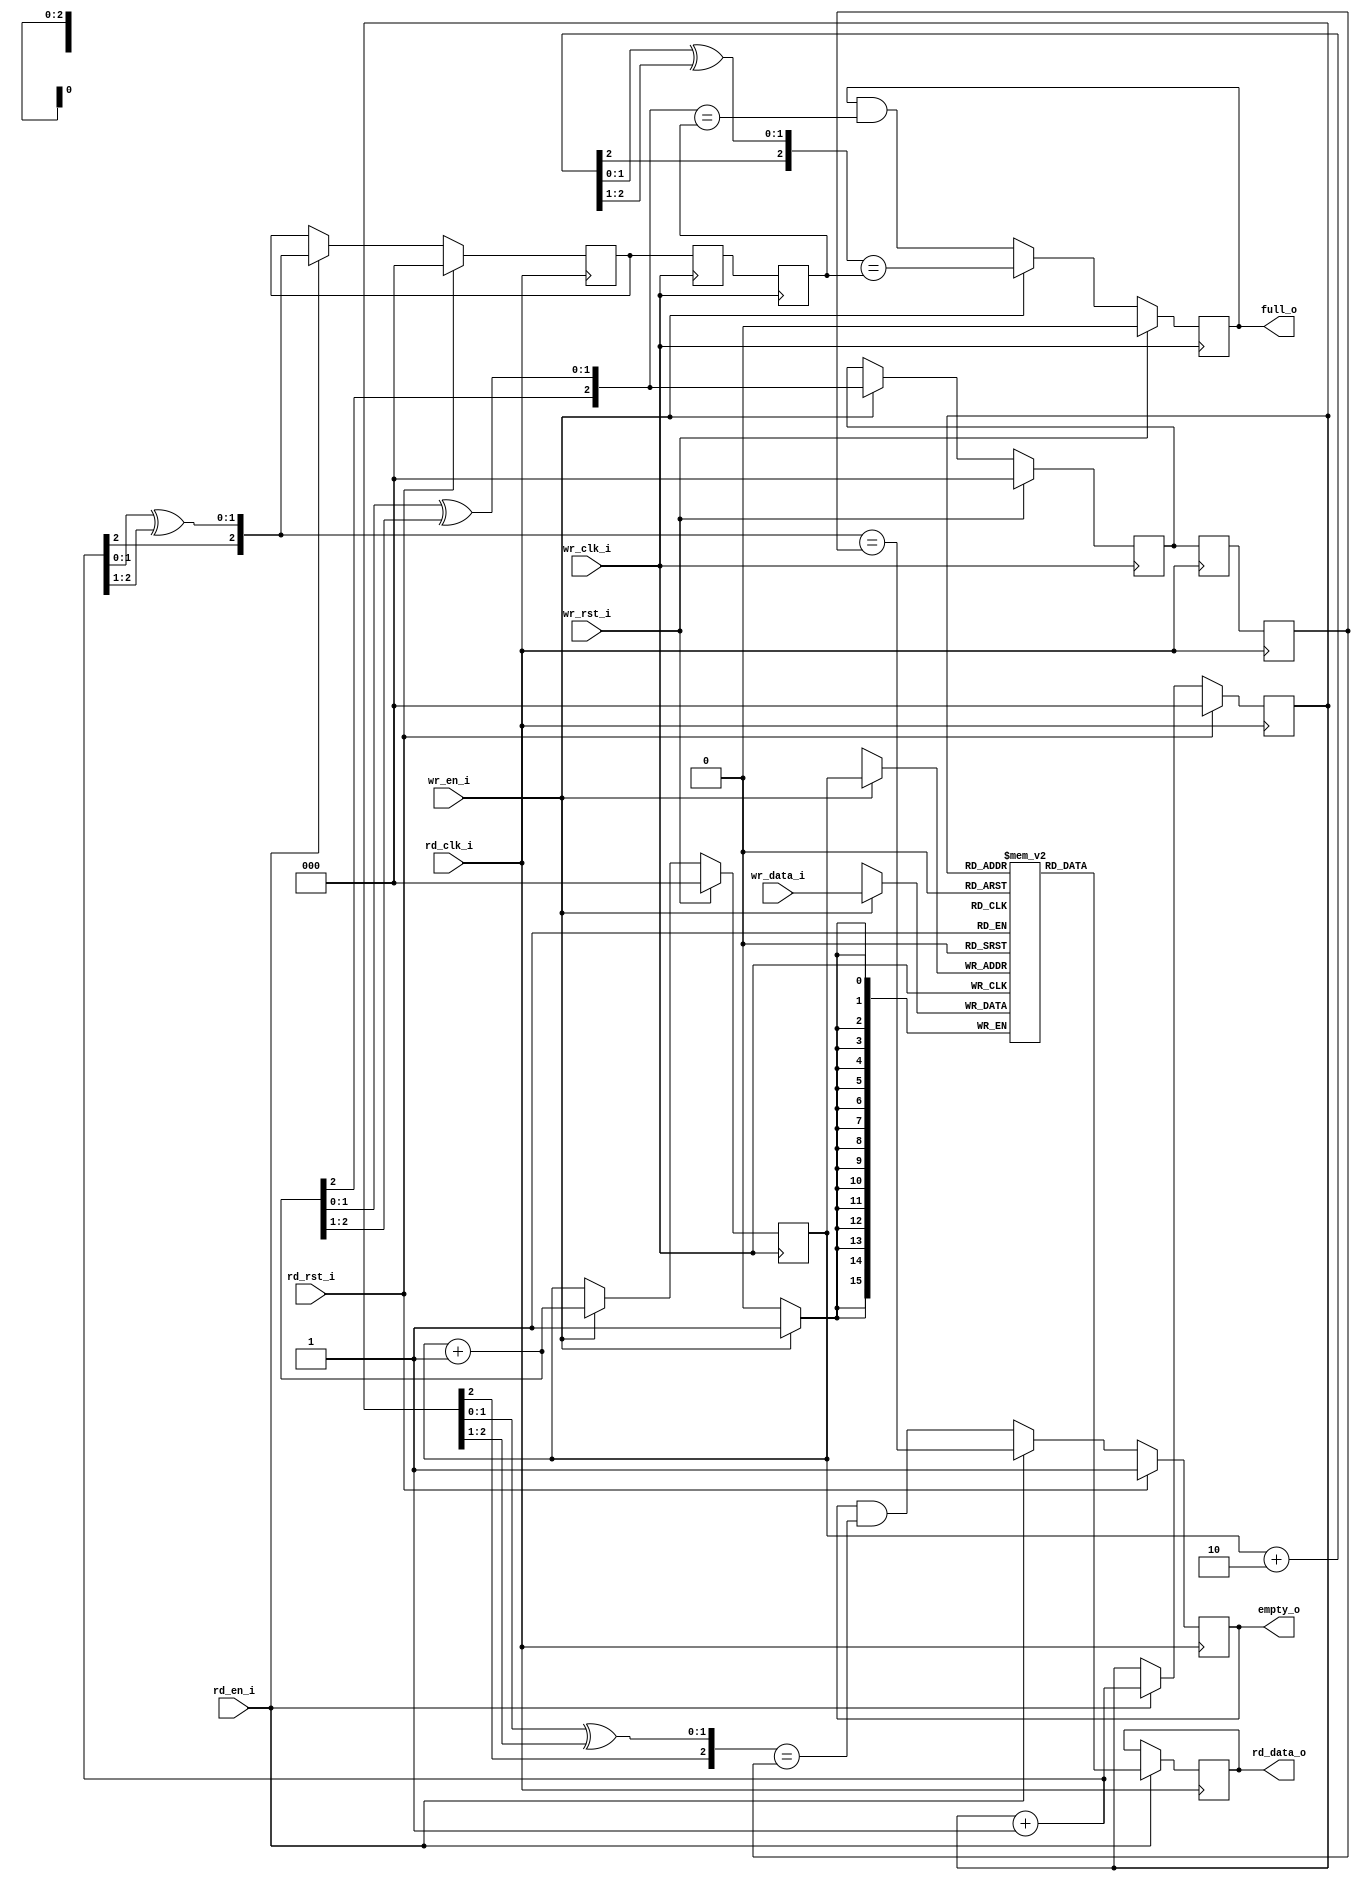
/*

MIT License

Copyright (c) 2017 Michael (Tao-Yi) Lee

Permission is hereby granted, free of charge, to any person obtaining a copy of this software and associated documentation files (the "Software"), to deal in the Software without restriction, including without limitation the rights to use, copy, modify, merge, publish, distribute, sublicense, and/or sell copies of the Software, and to permit persons to whom the Software is furnished to do so, subject to the following conditions:

The above copyright notice and this permission notice shall be included in all copies or substantial portions of the Software.

THE SOFTWARE IS PROVIDED "AS IS", WITHOUT WARRANTY OF ANY KIND, EXPRESS OR IMPLIED, INCLUDING BUT NOT LIMITED TO THE WARRANTIES OF MERCHANTABILITY, FITNESS FOR A PARTICULAR PURPOSE AND NONINFRINGEMENT. IN NO EVENT SHALL THE AUTHORS OR COPYRIGHT HOLDERS BE LIABLE FOR ANY CLAIM, DAMAGES OR OTHER LIABILITY, WHETHER IN AN ACTION OF CONTRACT, TORT OR OTHERWISE, ARISING FROM, OUT OF OR IN CONNECTION WITH THE SOFTWARE OR THE USE OR OTHER DEALINGS IN THE SOFTWARE.

*/

module dual_clock_fifo #(
	parameter ADDR_WIDTH = 3,
	parameter DATA_WIDTH = 16
)
(
	input wire 			wr_rst_i,
	input wire 			wr_clk_i,
	input wire 			wr_en_i,
	input wire [DATA_WIDTH-1:0]	wr_data_i,

	input wire 			rd_rst_i,
	input wire 			rd_clk_i,
	input wire 			rd_en_i,
	output reg [DATA_WIDTH-1:0]	rd_data_o,

	output reg 			full_o,
	output reg 			empty_o
);

reg [ADDR_WIDTH-1:0]	wr_addr;
reg [ADDR_WIDTH-1:0]	wr_addr_gray;
reg [ADDR_WIDTH-1:0]	wr_addr_gray_rd;
reg [ADDR_WIDTH-1:0]	wr_addr_gray_rd_r;
reg [ADDR_WIDTH-1:0]	rd_addr;
reg [ADDR_WIDTH-1:0]	rd_addr_gray;
reg [ADDR_WIDTH-1:0]	rd_addr_gray_wr;
reg [ADDR_WIDTH-1:0]	rd_addr_gray_wr_r;

function [ADDR_WIDTH-1:0] gray_conv;
input [ADDR_WIDTH-1:0] in;
begin
	gray_conv = {in[ADDR_WIDTH-1],
		     in[ADDR_WIDTH-2:0] ^ in[ADDR_WIDTH-1:1]};
end
endfunction

always @(posedge wr_clk_i) begin
	if (wr_rst_i) begin
		wr_addr <= 0;
		wr_addr_gray <= 0;
	end else if (wr_en_i) begin
		wr_addr <= wr_addr + 1'b1;
		wr_addr_gray <= gray_conv(wr_addr + 1'b1);
	end
end

// synchronize read address to write clock domain
always @(posedge wr_clk_i) begin
	rd_addr_gray_wr <= rd_addr_gray;
	rd_addr_gray_wr_r <= rd_addr_gray_wr;
end

always @(posedge wr_clk_i)
	if (wr_rst_i)
		full_o <= 0;
	else if (wr_en_i)
		full_o <= gray_conv(wr_addr + 2) == rd_addr_gray_wr_r;
	else
		full_o <= full_o & (gray_conv(wr_addr + 1'b1) == rd_addr_gray_wr_r);

always @(posedge rd_clk_i) begin
	if (rd_rst_i) begin
		rd_addr <= 0;
		rd_addr_gray <= 0;
	end else if (rd_en_i) begin
		rd_addr <= rd_addr + 1'b1;
		rd_addr_gray <= gray_conv(rd_addr + 1'b1);
	end
end

// synchronize write address to read clock domain
always @(posedge rd_clk_i) begin
	wr_addr_gray_rd <= wr_addr_gray;
	wr_addr_gray_rd_r <= wr_addr_gray_rd;
end

always @(posedge rd_clk_i)
	if (rd_rst_i)
		empty_o <= 1'b1;
	else if (rd_en_i)
		empty_o <= gray_conv(rd_addr + 1) == wr_addr_gray_rd_r;
	else
		empty_o <= empty_o & (gray_conv(rd_addr) == wr_addr_gray_rd_r);

// generate dual clocked memory
reg [DATA_WIDTH-1:0] mem[(1<<ADDR_WIDTH)-1:0];

always @(posedge rd_clk_i)
	if (rd_en_i)
		rd_data_o <= mem[rd_addr];

always @(posedge wr_clk_i)
	if (wr_en_i)
		mem[wr_addr] <= wr_data_i;
endmodule